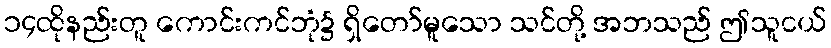
၁၄ထိုနည်းတူ ကောင်းကင်ဘုံ၌ ရှိတော်မူသော သင်တို့ အဘသည် ဤသူငယ်